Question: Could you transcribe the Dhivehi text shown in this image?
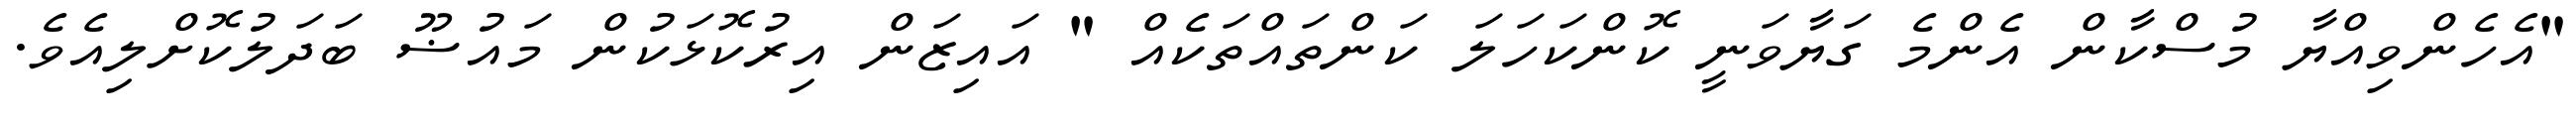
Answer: "އެހެންވިއްޔާ މުސްކާން އެންމެ ގަޔާވަނީ ކޮންކަހަލަ ކަންތައްތަކެއް " އައިޒަން އިރުކޮޅަކުން މައުޟޫ ބަދަލުކޮށްލިއެވެ.